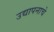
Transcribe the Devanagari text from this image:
उद्यापनाचे